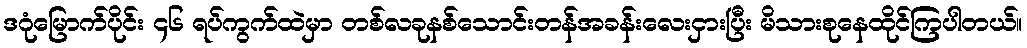
ဒဂုံမြောက်ပိုင်း ၄၆ ရပ်ကွက်ထဲမှာ တစ်လခုနစ်သောင်းတန်အခန်းလေးငှားပြီး မိသားစုနေထိုင်ကြပါတယ်။